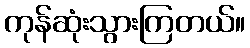
ကုန်ဆုံးသွားကြတယ်။